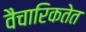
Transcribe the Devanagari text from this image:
वैचारिकतेत